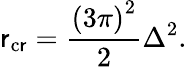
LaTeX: \mathsf{r}_{\mathrm{{c\mathsf{r}}}}=\frac{{\left(3\pi\right)^{2}}}{{2}}\Delta^{2}.